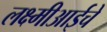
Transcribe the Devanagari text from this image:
लक्ष्मीआईचे